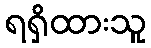
ရရှိထားသူ